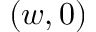
( w , 0 )